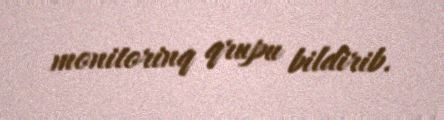
monitorinq qrupu bildirib.